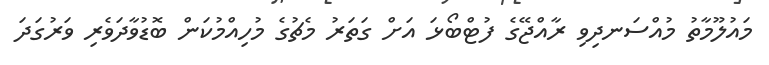
މައުލޫމާތު މުއްސަނދިވި ރާއްޖޭގެ ފުޓްބޯޅަ އަށް ގަތަރު މެޗުގެ މުހިއްމުކަން ބޮޑުވާދަވެރި ވަރުގަދަ